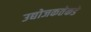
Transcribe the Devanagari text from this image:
उद्योजकतेकडे